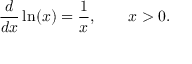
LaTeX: { \frac { d } { d x } } \ln ( x ) = { \frac { 1 } { x } } , \qquad x > 0 .